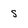
Character: s